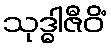
သုဒ္ဓါဇီဝိံ